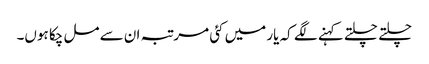
چلتے چلتے کہنے لگے کہ یار میں کئی مرتبہ ان سے مل چکا ہوں۔